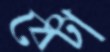
বেটা